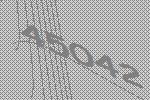
45042